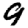
Digit: 9